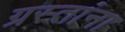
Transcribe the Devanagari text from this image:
ग्रस्तांना